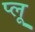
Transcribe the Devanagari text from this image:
प्लू